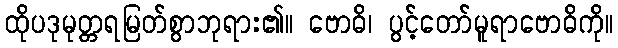
ထိုပဒုမုတ္တရမြတ်စွာဘုရား၏။ ဗောဓိ၊ ပွင့်တော်မူရာဗောဓိကို။